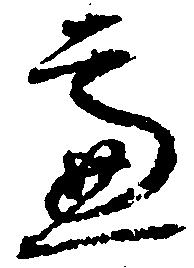
慮